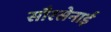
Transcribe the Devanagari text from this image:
सौरसेनाई